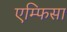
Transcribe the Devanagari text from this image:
एम्फिसा